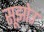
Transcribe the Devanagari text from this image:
सूझोउ